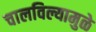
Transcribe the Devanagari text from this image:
चालविल्यामुळे